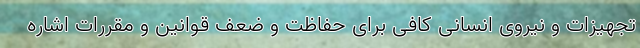
تجهیزات و نیروی انسانی کافی برای حفاظت و ضعف قوانین و مقررات اشاره